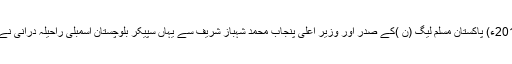
22 اپریل2018ء) پاکستان مسلم لیگ (ن )کے صدر اور وزیر اعلی پنجاب محمد شہباز شریف سے یہاں سپیکر بلوچستان اسمبلی راحیلہ درانی نے ملاقات کی۔